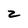
Character: z